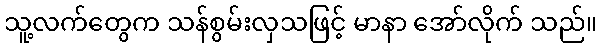
သူ့လက်တွေက သန်စွမ်းလှသဖြင့် မာနာ အော်လိုက် သည်။